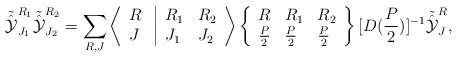
\begin{align*}{\tilde {\hat {\cal Y}}}_{J_1}^{R_1} {\tilde {\hat {\cal Y}}}_{J_2}^{R_2} = \sum_{R, J} \left \langle \begin{array}{l}R \\J \end{array} \right. \left | \begin{array}{ll}R_1 & R_2 \\J_1 & J_2 \end{array} \right \rangle \left \{ \begin{array}{lll}R & R_1 & R_2 \\\frac{P}{2} & \frac{P}{2} & \frac{P}{2} \end{array} \right \}[D(\frac{P}{2})]^{-1} {\tilde {\hat{\cal Y}}}_J^R,\end{align*}